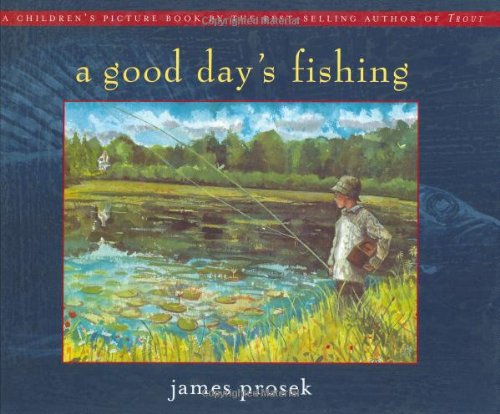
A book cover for Good Day's Fishing; James Prosek; Children's Books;